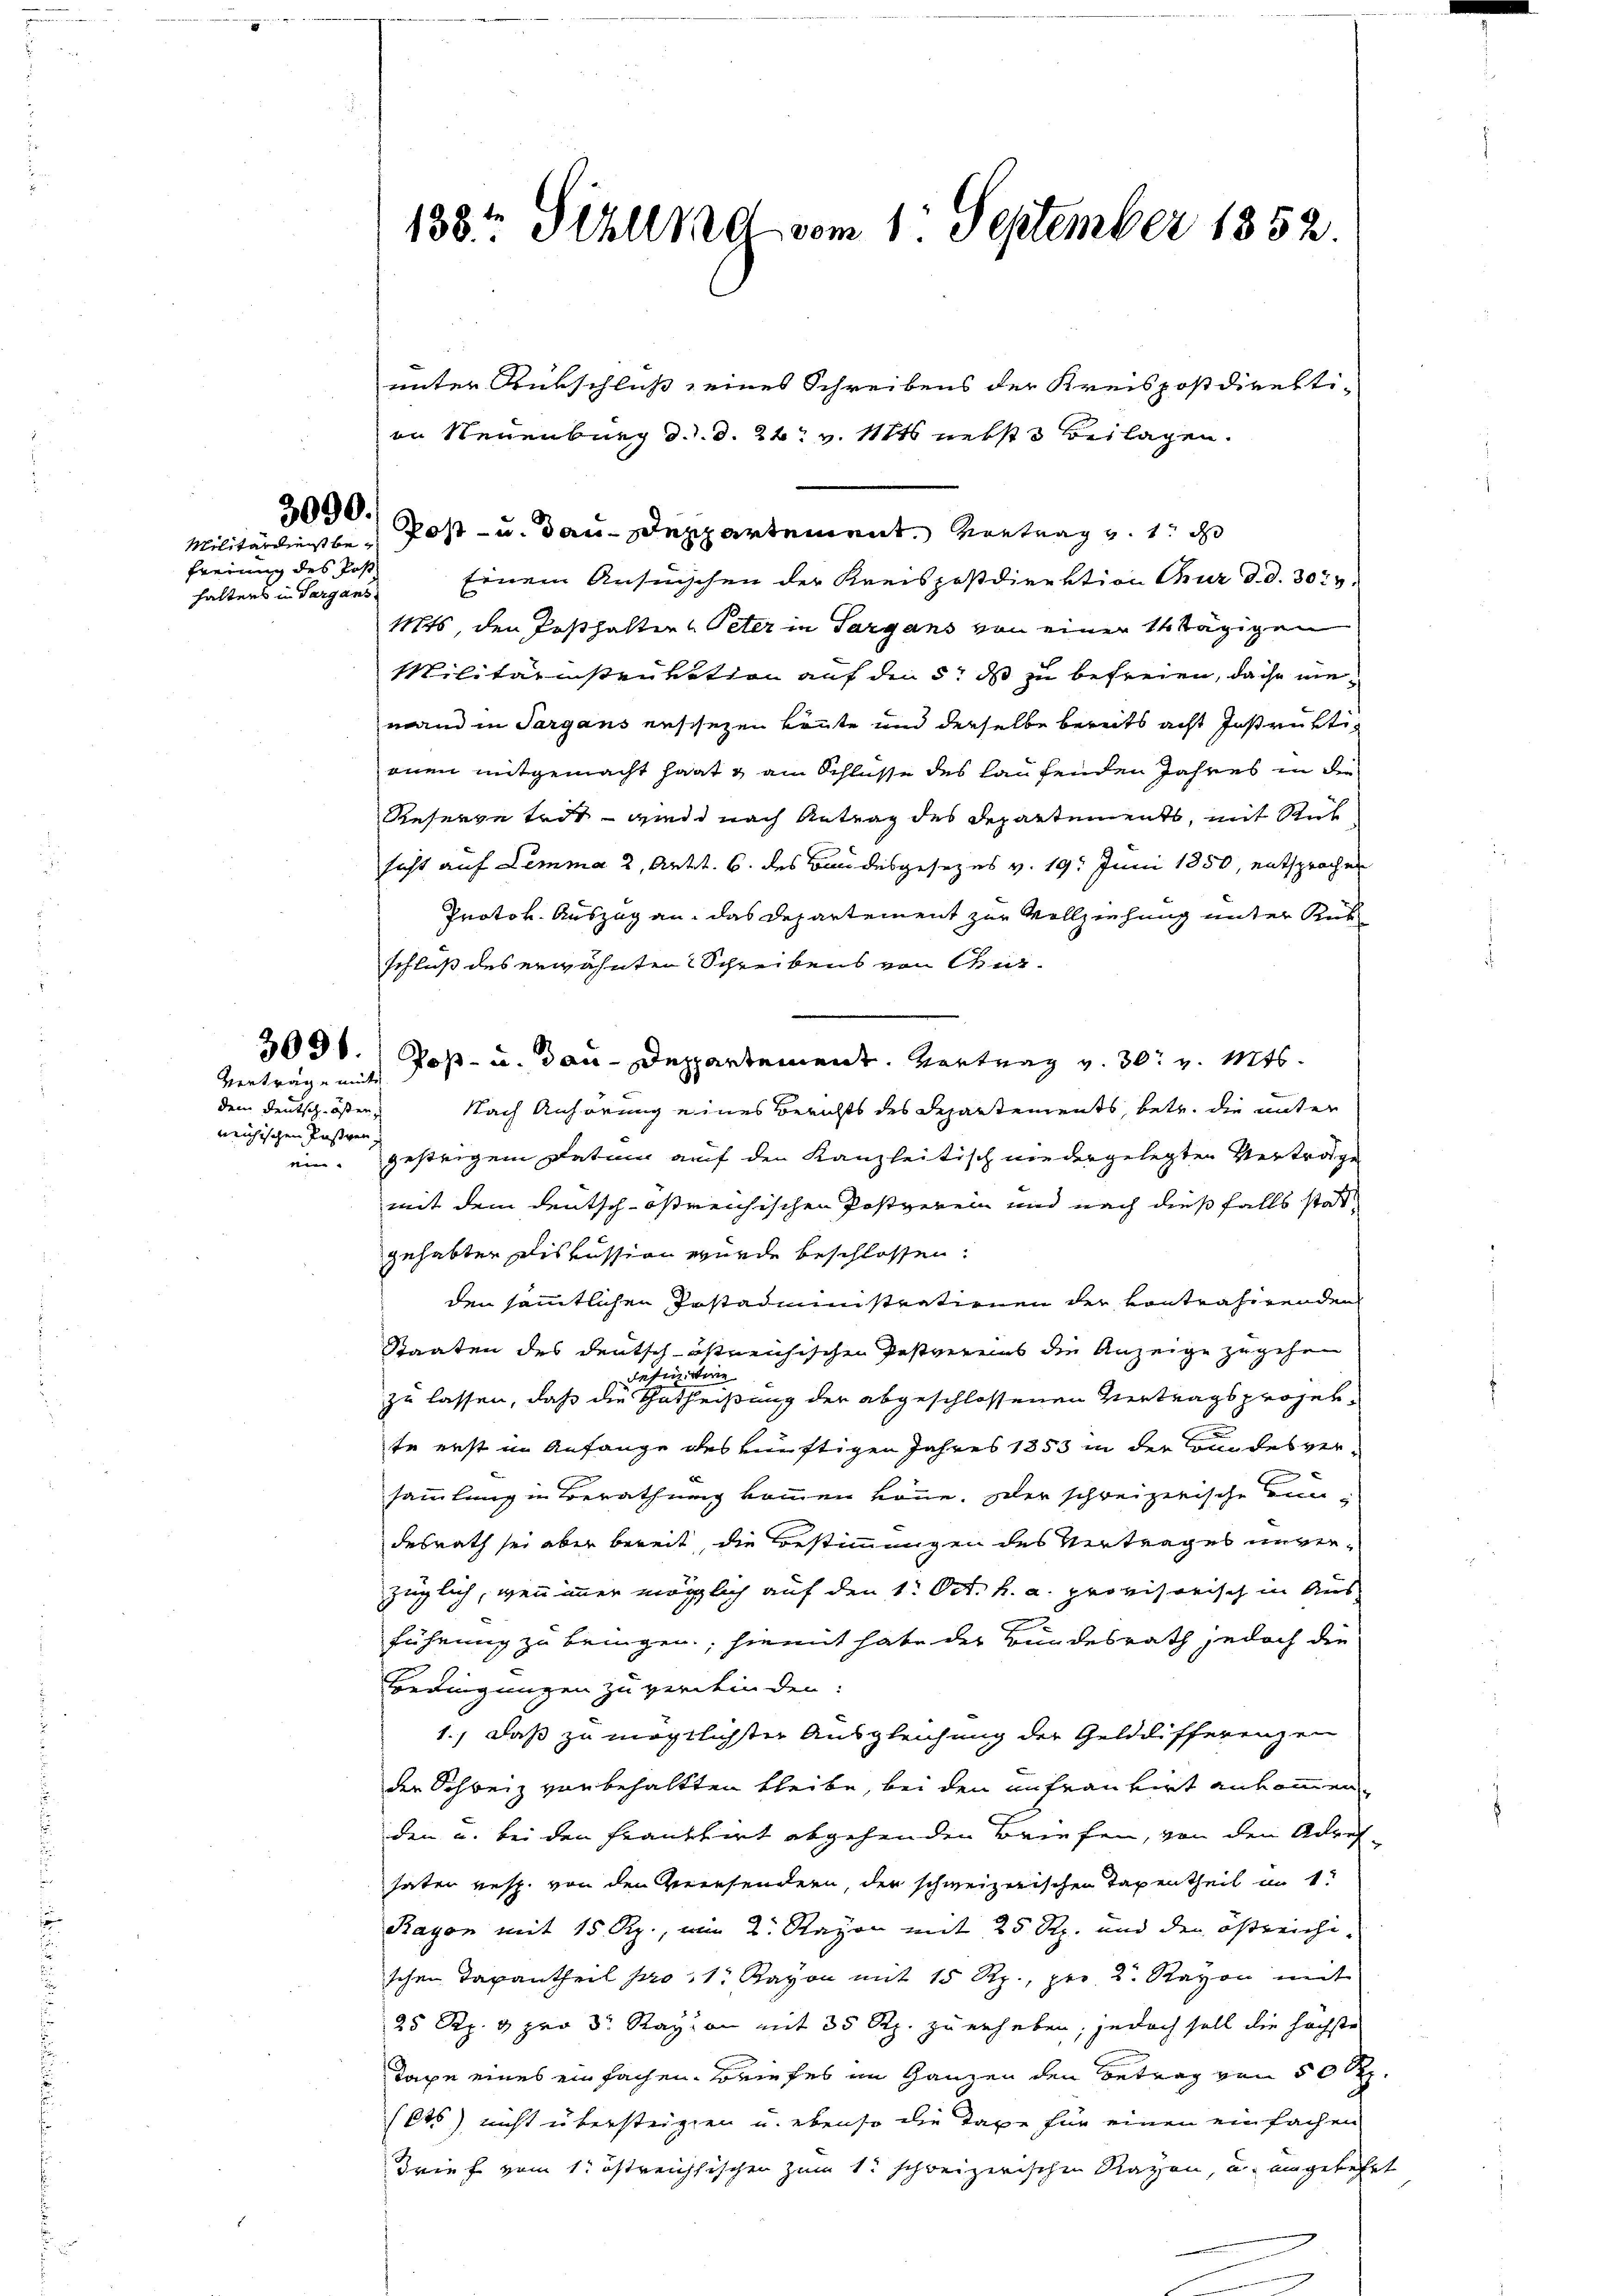
3090.

Militärdienst befreiung des Post
halters in Sargans.

Verträge mit
dem Deutsch offen,
reichischen Pasten,
e

133te Sihlung vom 1. September 1852.

unter Rutschluß seines Schreibens der Kreispostdirekti-
in Neuenburg d. d. d. 24. v. 1121 nebst Beilagen.
Post- u. dann seppartement. Vortrag v. 1. d
Einem Ansinschen der Kreispostdirektion Chur d. d. 30t v
Mts, den Pesthalten Peter in Sargans von einer Stägigen
Militärinistensation auf den 5. ds zu befreien, da ihr niemand in Sargans erschehen könnte und derselbe bereits acht Instrukti
jenen mitgemacht hat & am Schlüsse des laufenden Jahres in die
Reserve todt - wiede nach Antrag des Departements, mit Rich
sicht auf Lemma 2, Art. 6. des Bandesgesezes v. 19. Juni 1850, entsprochen
Protok. Auszug an das Departement zur Vollziehung unter Rüt
schluß des erwähnten Schreibens von Chur¬
2091. Post- u. dan-Deppartement. Vertrag v. 30. v. Mts.
Nach Anhörung eines Berichts des Departements, betr. die unter
gesteigen Datum auf den Kanzleitisch niedergelegten Vertrage
mit dem deutsch-osreichischen Postverein und nach dießfalls statgehabten Diskussion wurde beschlossen:
den sämmtlichen Postadministrationen der kontrahirenden
Staaten des deutsch-östreichischen Postvereins die Anzeige zugehen
definirtine
zu lassen, daß die Gatheißung der abgeschlossenen Vertragsprojekte erst in Anfange des künftigen Jahres 1853 in der Landes versammlung in Berathung kommen könne. Der schreizerische Bundesrath sei aber bereit, die Bestimmungen des Vertrages unverzüglich, wenn immer möglich auf den 1. Oct. h. a. provisorisch in Aus
führung zu bringen, hiemit habe der Bundesrath jedoch die
Bedingungen zu verdeinden:
1., daß zu mögtlichter Ausgleichung der Gelddifferenzen
der Schweiz von behaltten bleibe, bei den anfrau virt ankommen
den u. bei den Frankhirt abgehenden Briefen, von den Adreshaten resp. von den Verehendern, der schweizerischen Tagentheil im 1
Rayon mit 15 Rp., wie 2. Rayon mit 25 Rp. und den östreichi- |
schen Taxantheil pro 11. Rayon mit 15 Rp. per 2. Rayon mit
25 Rp. 4 pro Dr. Razion mit 35 Rp. zu erheben, jedoch soll die höchste
Taxe eines einfachen Briefes im Ganzen den Betrag von 50 R
(lts) nicht übersteigen u. ebenso die Taxe für einen einfachen
Brief vom 1. östreichsischen zum so schweizerischen Raten, und eingekehrt